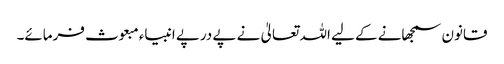
قانون سمجھانے کے لیے اللہ تعالیٰ نے پے درپے انبیاء مبعوث فرمائے۔